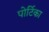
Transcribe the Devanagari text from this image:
पोर्टिका